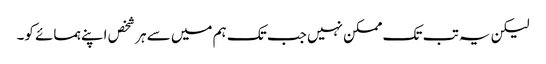
لیکن یہ تب تک ممکن نہیں جب تک ہم میں سے ہر شخص اپنے ہمسائے کو۔